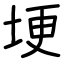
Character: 埂